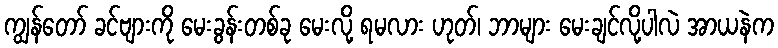
ကျွန်တော် ခင်ဗျားကို မေးခွန်းတစ်ခု မေးလို့ ရမလား ဟုတ်၊ ဘာများ မေးချင်လို့ပါလဲ အာယနဲက